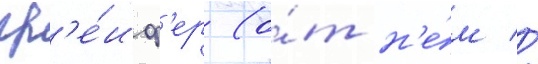
гр'е́иф'ер (о́т н'е́м //